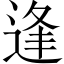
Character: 逢